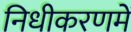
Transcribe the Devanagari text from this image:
निधीकरणमें